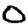
Digit: 0